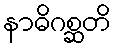
နာဓိဂစ္ဆတိ